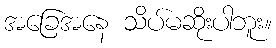
အခြေအနေ သိပ်မဆိုးပါဘူး။